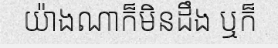
យ៉ាងណាក៏មិនដឹង ឬក៏